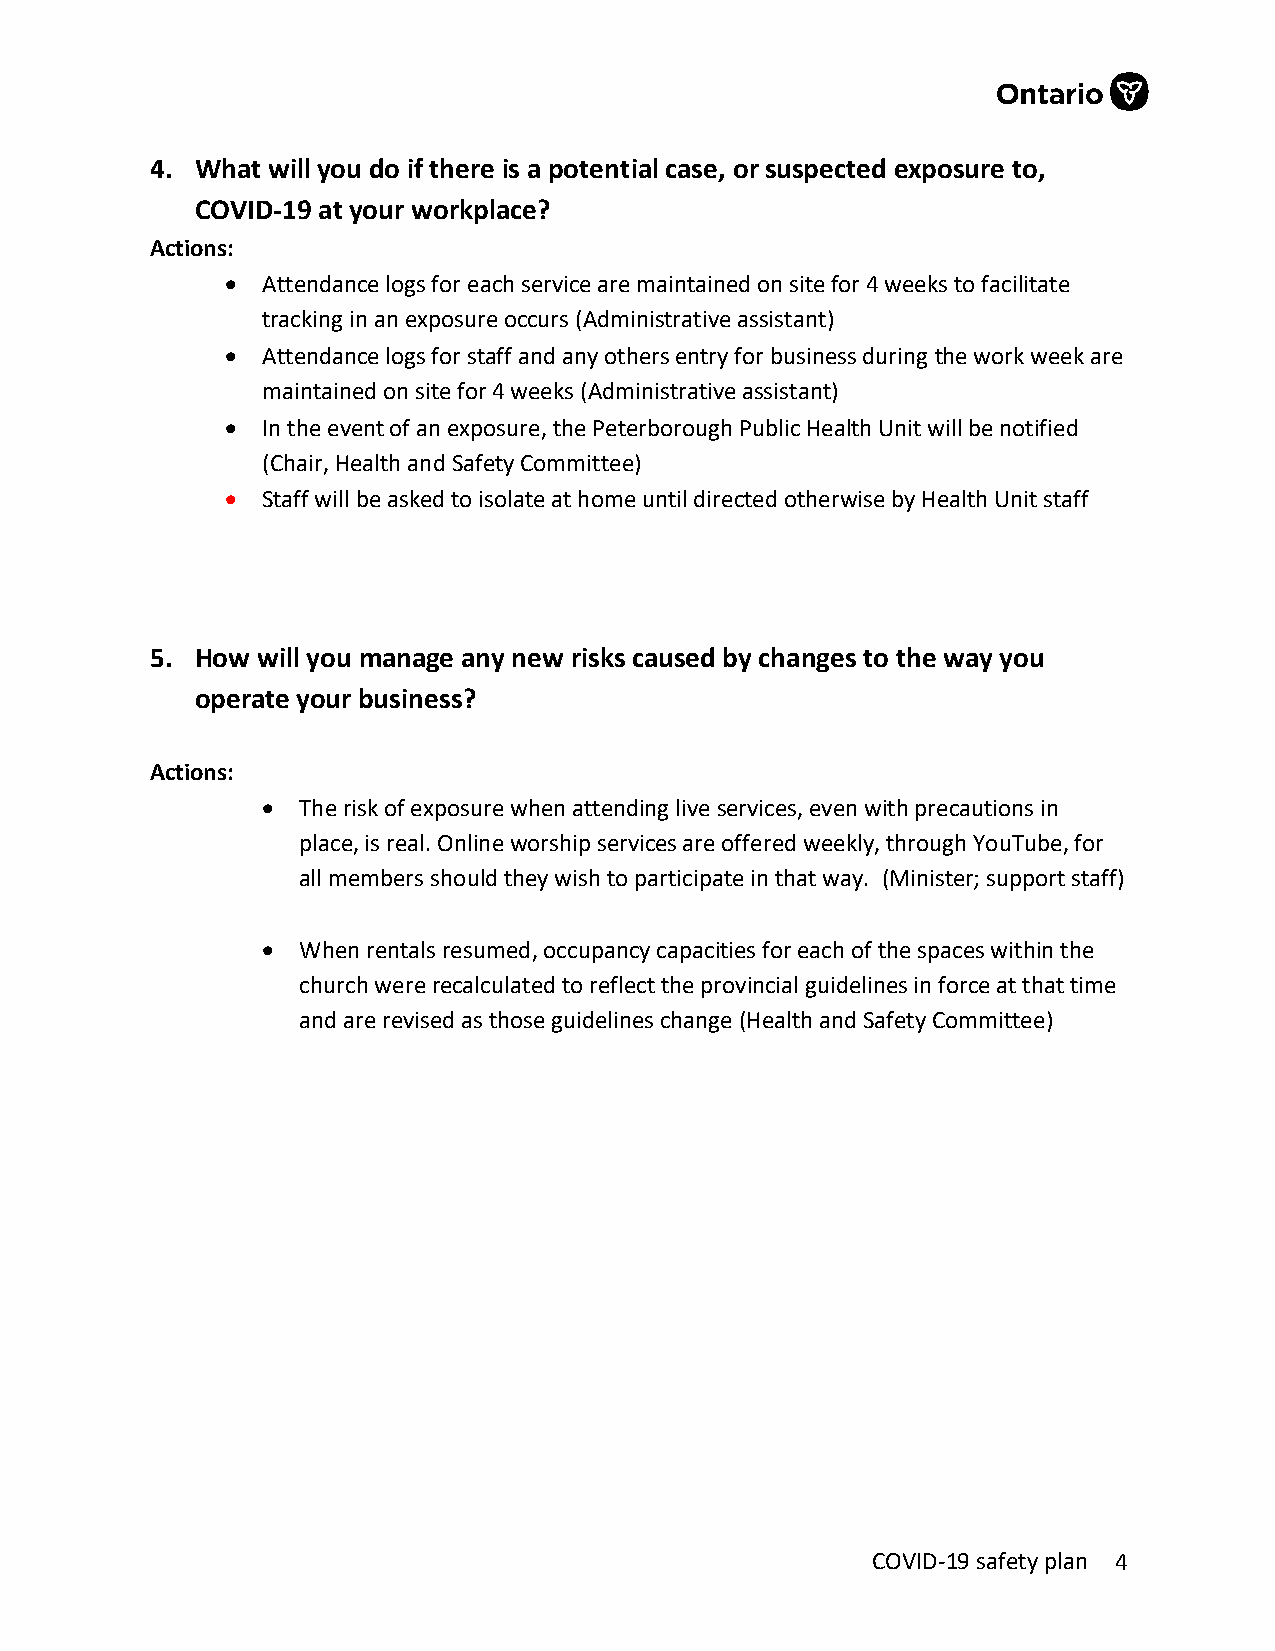
4. What will you do if there is a potential case, or suspected exposure to,
 COVID-19 at your workplace?
 Actions:
 • Attendance logs for each service are maintained on site for 4 weeks to facilitate
 tracking in an exposure occurs (Administrative assistant)
 • Attendance logs for staff and any others entry for business during the work week are
 maintained on site for 4 weeks (Administrative assistant)
 • In the event of an exposure, the Peterborough Public Health Unit will be notified
 (Chair, Health and Safety Committee)
 • Staff will be asked to isolate at home until directed otherwise by Health Unit staff
 5. How will you manage any new risks caused by changes to the way you
 operate your business?
 Actions:
 •  The risk of exposure when attending live services, even with precautions in
 place, is real. Online worship services are offered weekly, through YouTube, for
 all members should they wish to participate in that way. (Minister; support staff)
 •  When rentals resumed, occupancy capacities for each of the spaces within the
 church were recalculated to reflect the provincial guidelines in force at that time
 and are revised as those guidelines change (Health and Safety Committee)
 COVID-19 safety plan 4